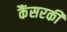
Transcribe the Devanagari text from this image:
कैंसरकी